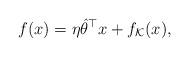
LaTeX: \begin{align*}f(x) = \eta\hat\theta^\top x + f_{\mathcal{K}}(x),\end{align*}